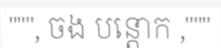
""", ចង បន្តោក ,"""